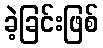
ခဲ့ခြင်းဖြစ်